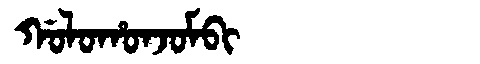
Manchu: ᡤᠣᠯᠣᡥᠣᠨᠵᠣᠮᠪᡳ
Romanization: GOLOHONJOMBI